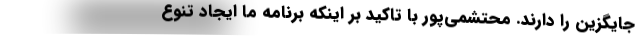
جایگزین را دارند. محتشمی‌پور با تاکید بر اینکه برنامه ما ایجاد تنوع